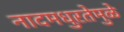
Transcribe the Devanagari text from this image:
नादमधुरतेमुळे